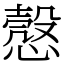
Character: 𢡱